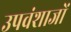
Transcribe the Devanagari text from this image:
उपवंशाजों